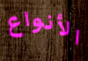
الأنواع